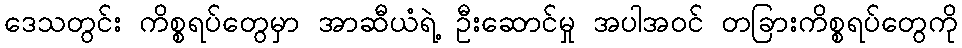
ဒေသတွင်း ကိစ္စရပ်တွေမှာ အာဆီယံရဲ့ ဦးဆောင်မှု အပါအဝင် တခြားကိစ္စရပ်တွေကို